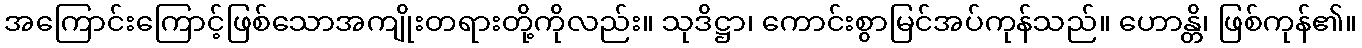
အကြောင်းကြောင့်ဖြစ်သောအကျိုးတရားတို့ကိုလည်း။ သုဒိဋ္ဌာ၊ ကောင်းစွာမြင်အပ်ကုန်သည်။ ဟောန္တိ၊ ဖြစ်ကုန်၏။